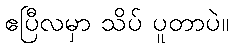
ဧပြီလမှာ သိပ် ပူတာပဲ။